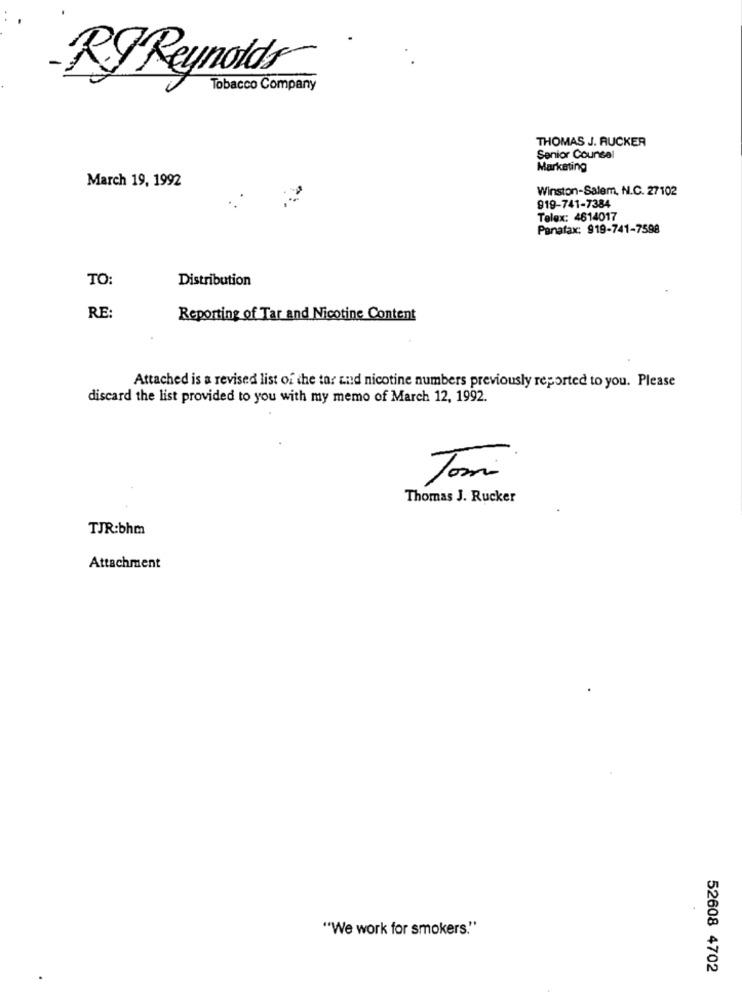
RFReynolds
Tobacco Company
THOMAS J. RUCKER
Senior Counsel
Marketing
March 19, 1992
Winston-Salem, N.C. 27102
919-741-7384
Telex: 4614017
Panafax: 919-741-7598
TO:
Distribution
RE:
Reporting of Tar and Nicotine Content
Attached is a revised list of the tar aud nicotine numbers previously reported to you. Please
discard the list provided to you with my memo of March 12, 1992.
Tom
Thomas J. Rucker
TJR:bhm
Attachment
"We work for smokers."
52608 4702